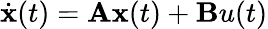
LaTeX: \begin{array}{r}{\dot{\textbf{x}}(t)=\textbf{A}\textbf{x}(t)+\textbf{B}u(t)}\end{array}